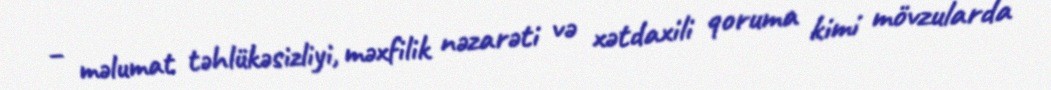
– məlumat təhlükəsizliyi, məxfilik nəzarəti və xətdaxili qoruma kimi mövzularda